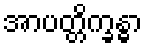
အာပတ္တိက္ခန္ဓာ